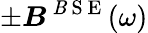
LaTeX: \pm\boldsymbol{\mathit{B}}^{\mathrm{{~\mathit{B}~S~E~}}}(\omega)